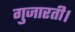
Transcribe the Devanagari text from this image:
गुजारती।